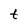
Character: t